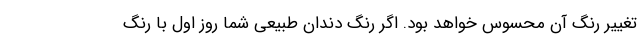
تغییر رنگ آن محسوس خواهد بود. اگر رنگ دندان طبیعی شما روز اول با رنگ